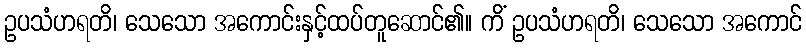
ဥပသံဟရတိ၊ သေသော အကောင်းနှင့်ထပ်တူဆောင်၏။ ကိံ ဥပသံဟရတိ၊ သေသော အကောင်